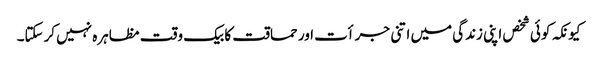
کیونکہ کوئی شخص اپنی زندگی میں اتنی جرأت اور حماقت کا بیک وقت مظاہرہ نہیں کرسکتا۔